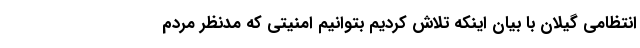
انتظامی گیلان با بیان اینکه تلاش کردیم بتوانیم امنیتی که مدنظر مردم